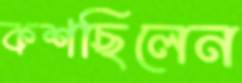
কশছিলেন